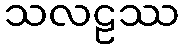
သလဠဿ